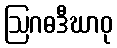
ဩဂဓဒီဃာဝု